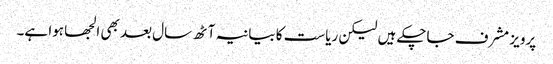
پرویز مشرف جاچکے ہیں لیکن ریاست کا بیانیہ آٹھ سال بعد بھی الجھا ہوا ہے۔